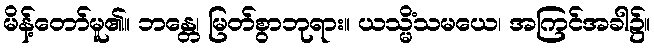
မိန့်တော်မူ၏။ ဘန္တေ၊ မြတ်စွာဘုရား။ ယသ္မိံသမယေ၊ အကြင်အခါ၌။